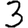
Digit: 3